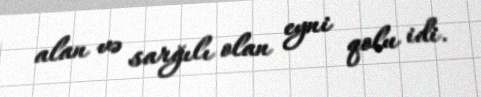
alan və sarğılı olan eyni qolu idi.